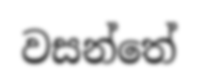
වසන්තේ